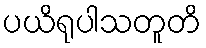
ပယိရုပါသတူတိ